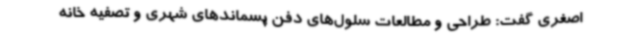
اصغری گفت: طراحی و مطالعات سلول‌های دفن پسماندهای شهری و تصفیه خانه